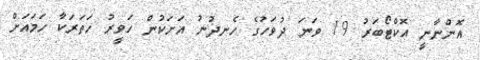
އޮންނާނީ އޮކްޓޯބަރު 19 ވަނަ ދުވަހުގެ ހެނދުނު އަށަކުން ހަވީރު ހަތަރަކާ ހަމައަށް